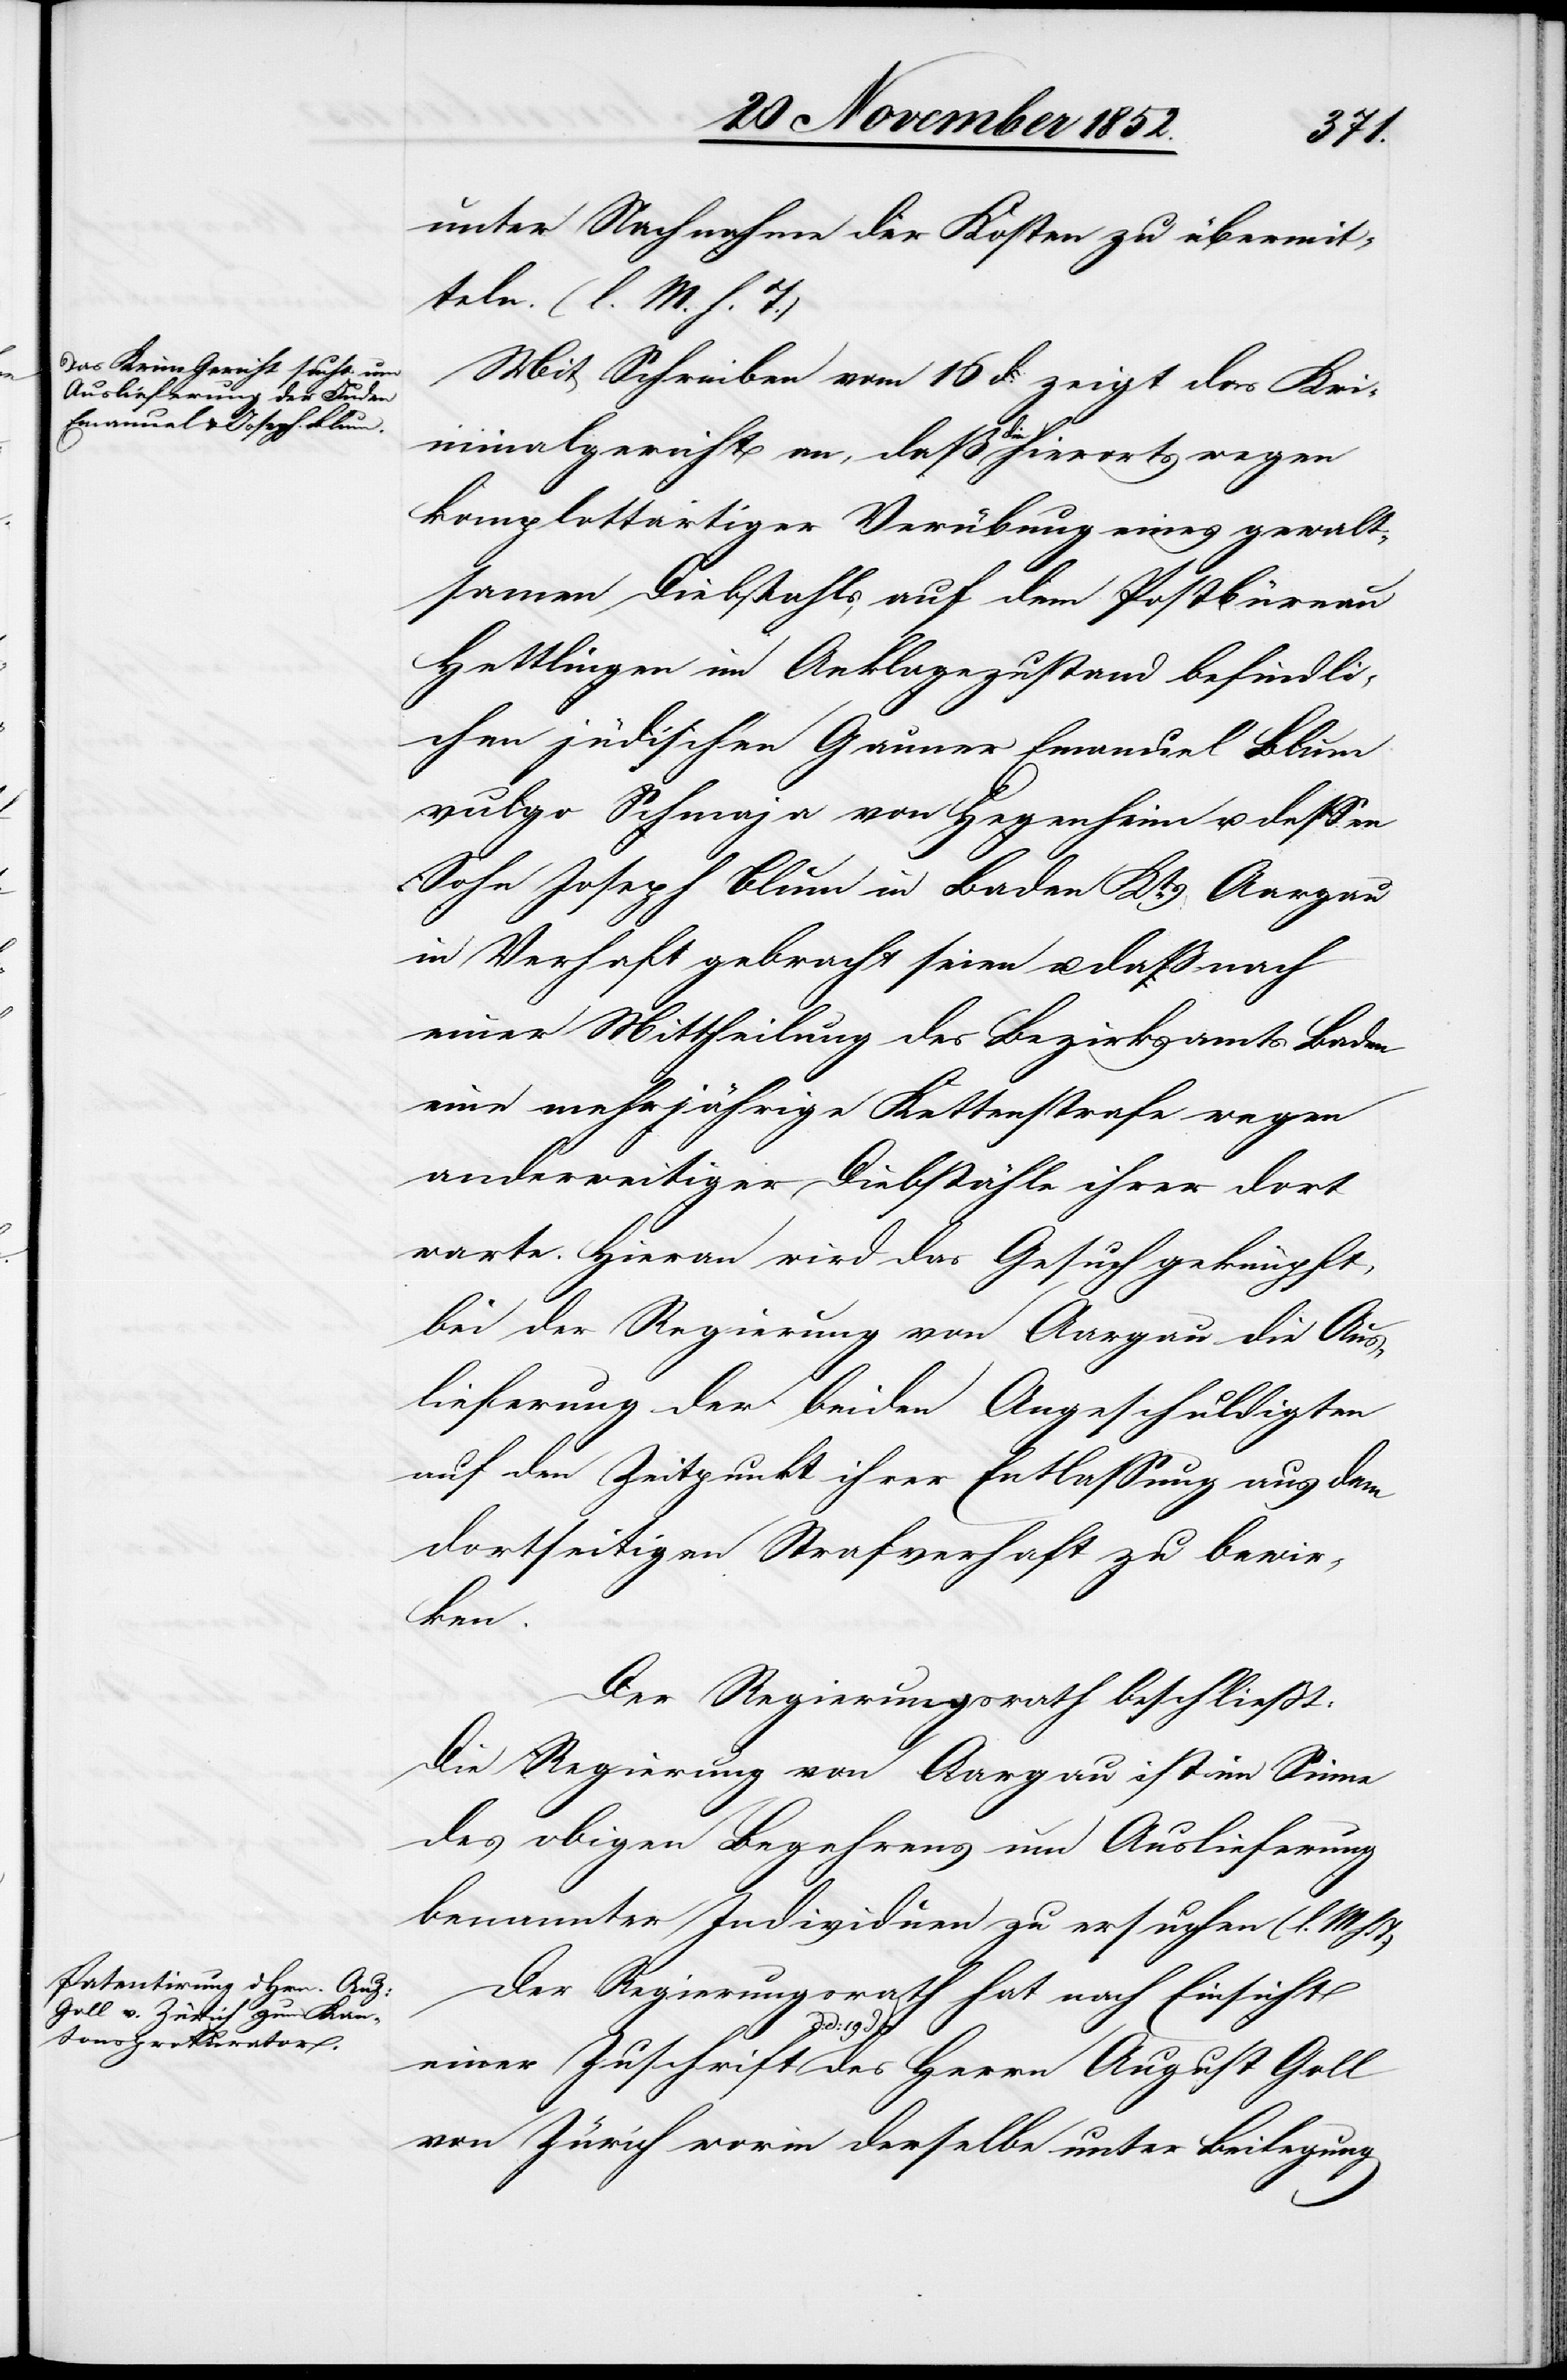
unter Nachnahme der Kosten zu übermit¬
teln. (l. M. h. T.)
Mit Schreiben vom 16 d. zeigt das Kri¬
minalgericht an, daß die hierorts wegen
komplottartiger Verübung eines gewalt¬
samen Diebstahls auf dem Postbüreau
Hettlingen im Anklagezustand befindli¬
chen jüdischen Gauner Emanuel Blum
vulgo Schmaja von Hegenheim u. dessen
Sohn Joseph Blum in Baden Kts. Aargau
in Verhaft gebracht seien u. daß nach
einer Mittheilung des Bezirksamts Baden
eine mehrjährige Kettenstrafe wegen
anderweitiger Diebstähle ihrer dort
warte. Hieran wird das Gesuch geknüpft,
bei der Regierung von Aargau die Aus¬
lieferung der beiden Angeschuldigten
auf den Zeitpunkt ihrer Entlassung aus dem
dortseitigen Strafverhaft zu bewir¬
ken.
Der Regierungsrath beschließt:
Die Regierung von Aargau ist im Sinne
des obigen Begehrens um Auslieferung
benannter Individuen zu ersuchen (l. M.
h.
Der Regierungsrath hat nach Einsicht
August
von Zürich worin derselbe unter Beilegung